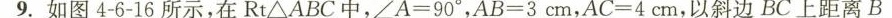
9.如图4-6-16所示，在Rt\bigtriangleup ABC中，$$\angle A = 9 0 °$$，$$A B = 3 c m$$，$$A C = 4 c m$$，以斜边BC上距离B